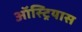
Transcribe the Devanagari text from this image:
ऑस्ट्रियास